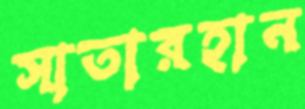
সাতারহান